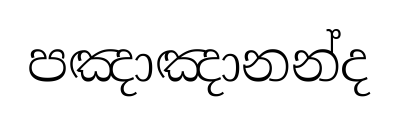
පඤාඤානන්ද